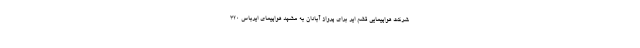
شرکت هواپیمایی قشم ایر برای پرواز آبادان به مشهد هواپیمای ایرباس ۳۲۰